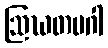
ဩဃတမဂါ